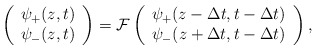
\begin{align*}\left( \begin{array}{c} \psi_{+} (z, t) \\ \psi_{-} (z, t) \end{array} \right) = \mathcal{F} \left( \begin{array}{c} \psi_{+} (z - \Delta t, t - \Delta t) \\ \psi_{-} (z + \Delta t, t - \Delta t) \end{array} \right),\end{align*}